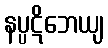
နပ္ပဋိဘေယျ